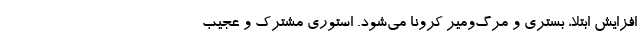
افزایش ابتلا، بستری و مرگ‌‌ومیر کرونا می‌شود. استوری مشترک و عجیب